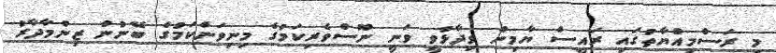
މި ރަސްމިއްޔާތުގައި ރައީސް ޔާމިން ވިދާޅުވީ ވަނީ ނޫސްވެރިކަމުގެ މިނިވަންކަމުގެ ބޭނުން ޒިންމާދާރު